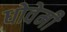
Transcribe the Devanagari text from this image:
धोवेमी